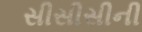
સીસીસીની